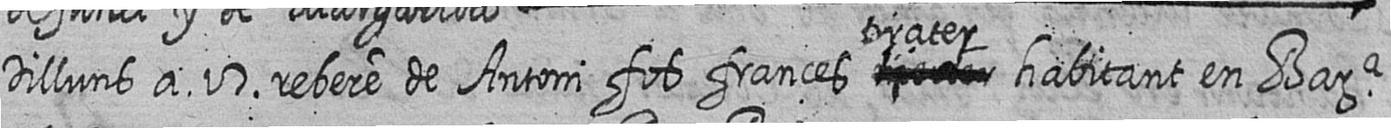
Dilluns a 17 rebere de Antoni fos frances # tirater habitant en Bara